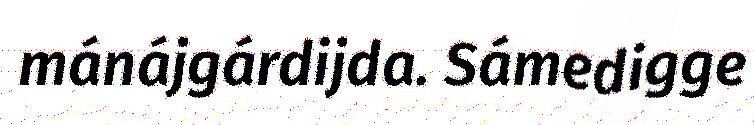
mánájgárdijda. Sámedigge